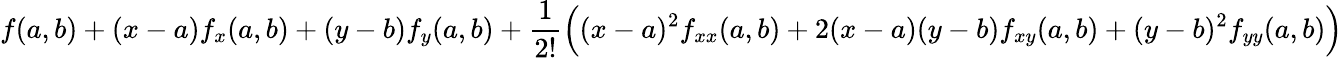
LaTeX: f(a,b)+(x-a)f_{x}(a,b)+(y-b)f_{y}(a,b)+{\frac{1}{2!}}{\Big(}(x-a)^{2}f_{xx}(a,b)+2(x-a)(y-b)f_{xy}(a,b)+(y-b)^{2}f_{yy}(a,b){\Big)}